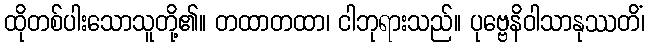
ထိုတစ်ပါးသောသူတို့၏။ တထာတထာ၊ ငါဘုရားသည်။ ပုဗ္ဗေနိဝါသာနုဿတိံ၊